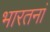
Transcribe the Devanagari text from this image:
भारतनां